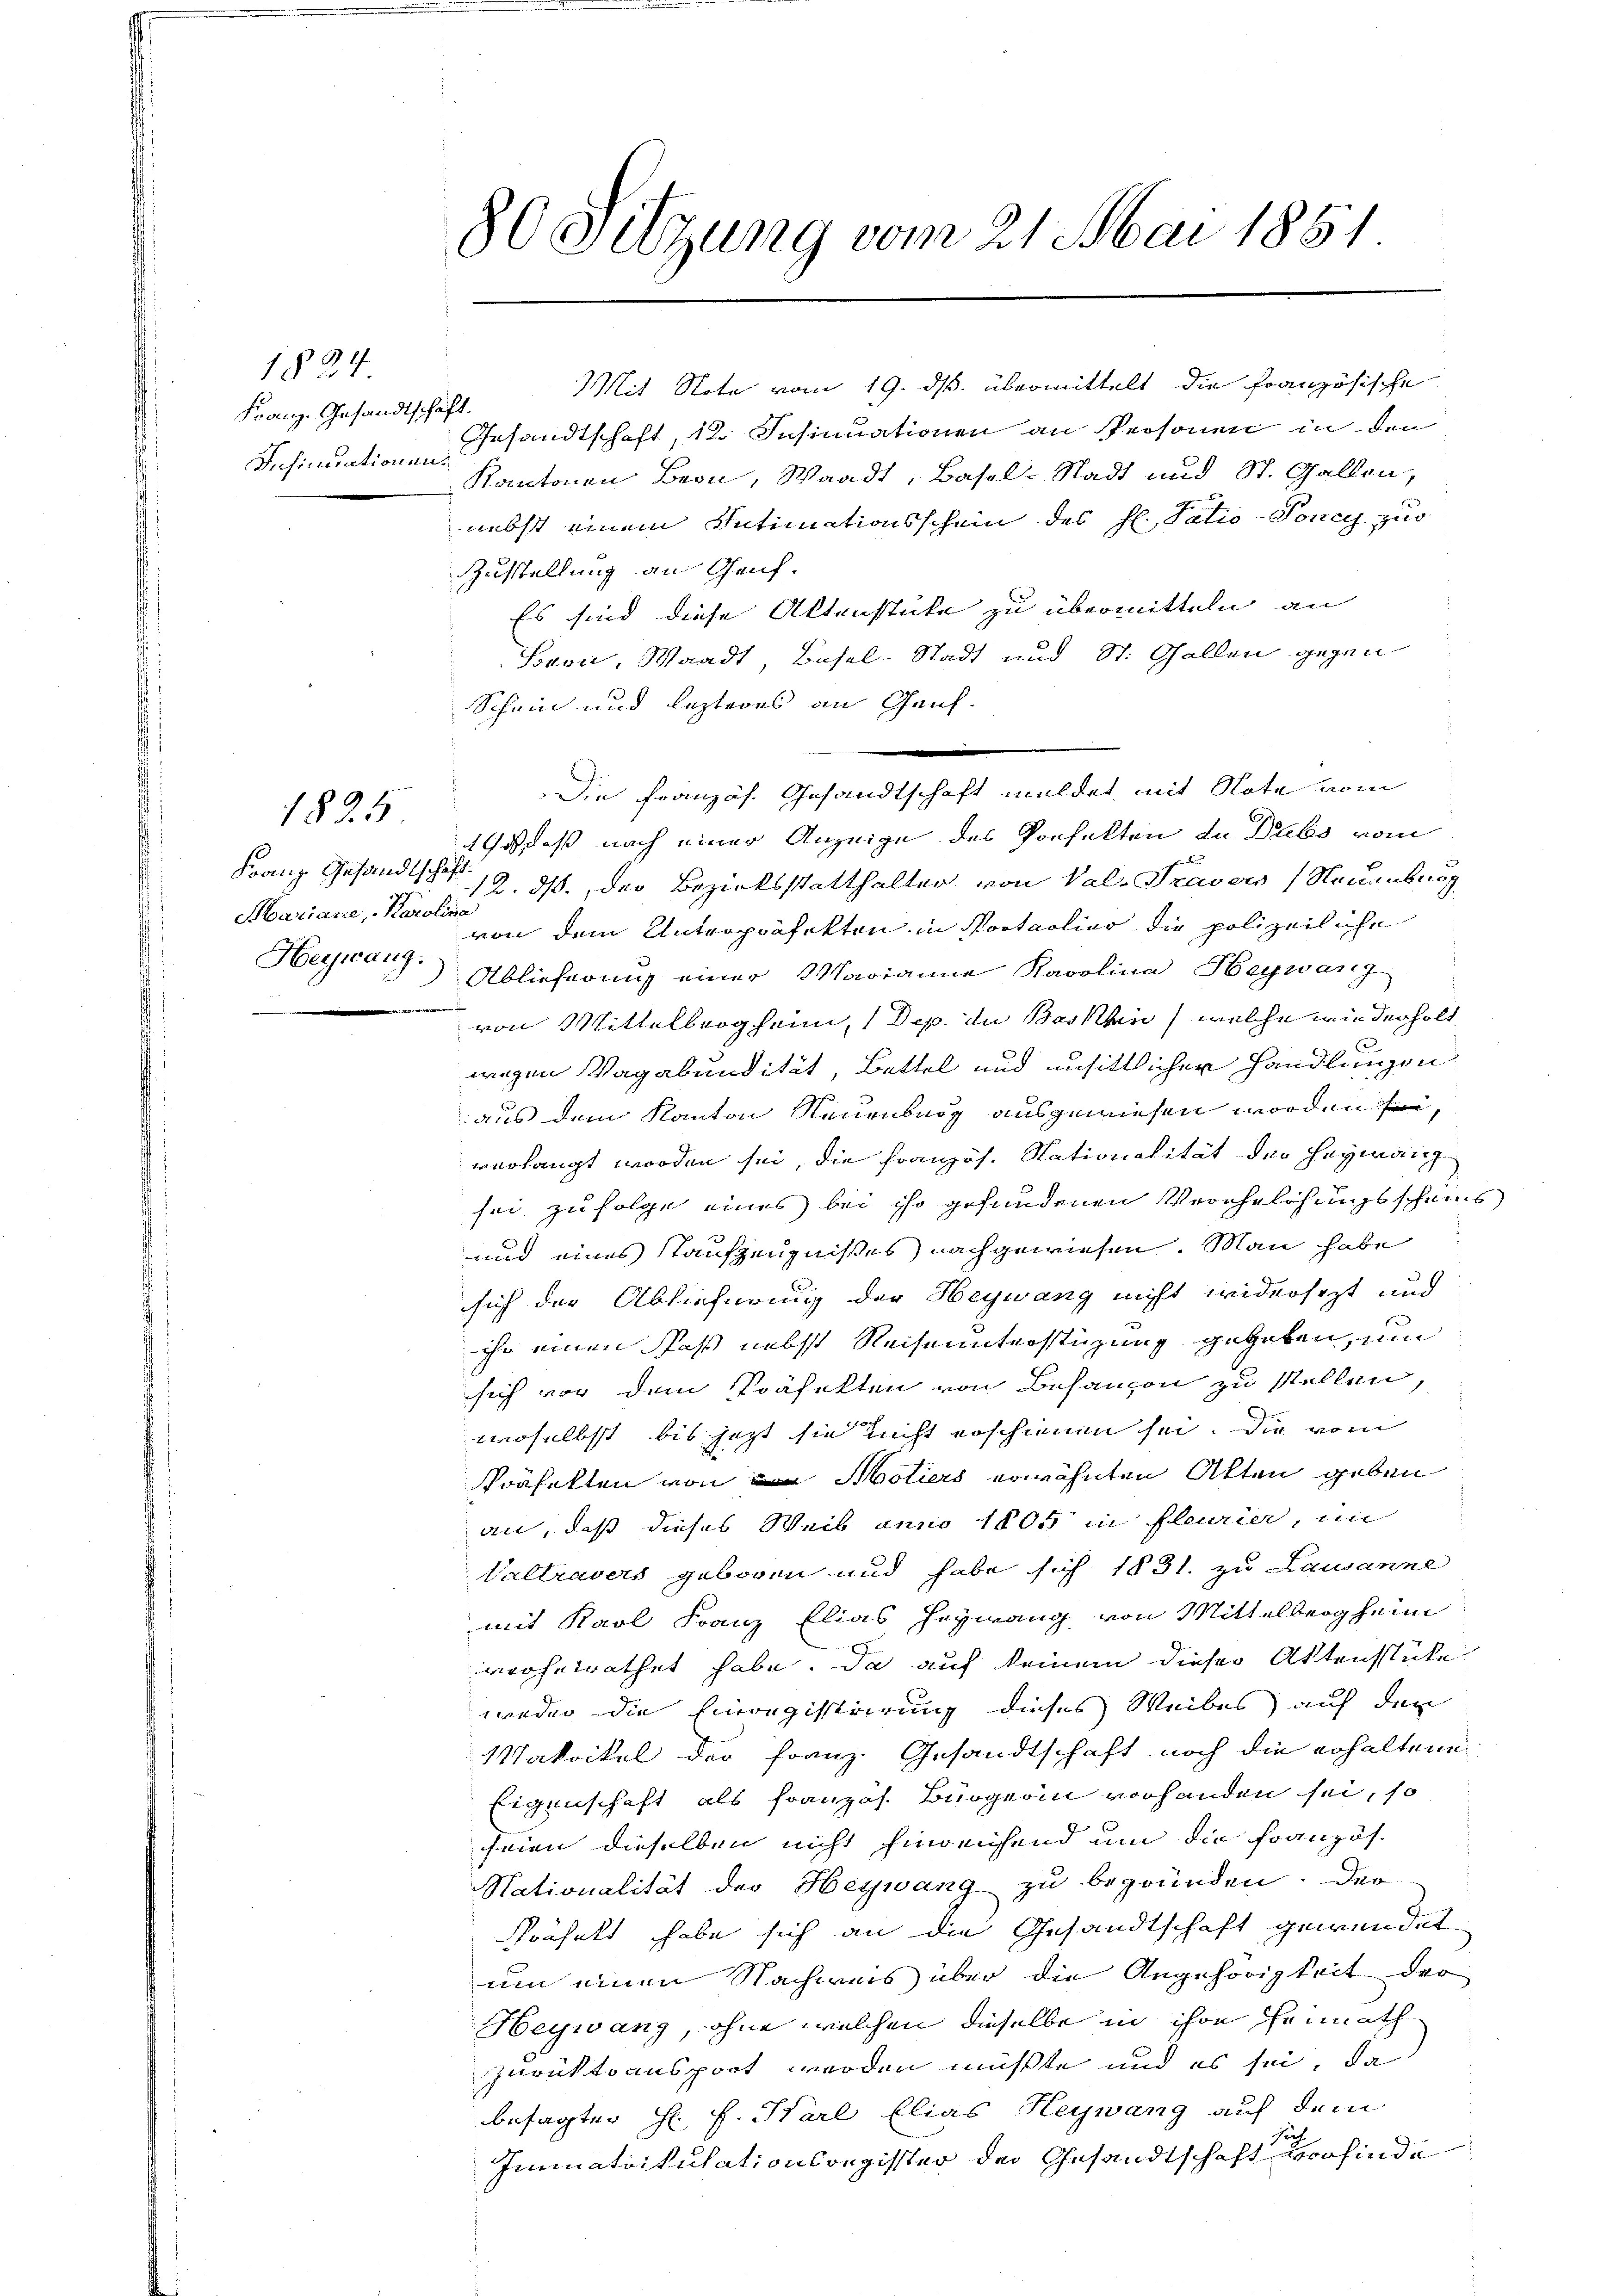
1824
Franz. Gesandtschaf
Insinuationen

1834

Mariane, Karolina
Heywang.

80 Sitzung vom 21. Mai 1851

Mit Note vom 19. ds. übermittelt die französische
.
Gesandtschaft, 12. Insinuationen an Personen in den
Kantonen Bern, Waadt, Basel-Stadt und St. Gallen,
nebst einem Intimationsschein des hl. Vativ-Poncy zur
Zustellung an Genf.
Es sind diese Aktenstüke zu übermitteln, an
Bern, Waadt, Basel-Stadt und St. Gallen gegen
Schein und lezteres an Genf.
Godaß nach einer Anzeige des Vorhalten da Dubs vom
Franz Gesandtsch 12. ds. der Bezirksstatthalter von Val-Traver (Neuenburg
von dem Untropräfekten in Portaolier die polizeiliche
Ablieferung einer Marianne Karolina Heywang
von Mittelberg heim, (Dep. in Baskhin, welche wiederholt
wegen Vagabundität, Bettel und unsittlicher Handlungen
aus dem Kanton Neuenburg ausgewiesen worden sei,
verlangt worden sei, die Franzos. Nationalität der Hermann
sei, zu folge eines bei ihr gefundenen Verehelosungsscheins
und eines Staufzeugnisses nachgewiesen. Man habe
sich der Ablieferung der Heywang nicht widersezt und
ihr einen das nebst Reiseunterstüzung gegeben, um
sich vor dem Präfekten von Besanzen zu stellen,
woselbst bis jetzt sie nicht erschienen sei. Die vom
Präfekten von Motiers erwähnten Akten geben
an, daß dieses Weib anno 1805 in fleurier, in
Valtravers geboren und habe sich 1831. zu Lausanne
mit Karl Franz Elias Heywang von Mittelberg heim
verheirathet habe. Da auf keinem dieser Aktensstücke
weder die Einregistrirung dieses Weibes auf den
Makoikel der Franz. Gesandtschaft noch die erhaltene
Eigenschaft als französ. Bürgerin vorhanden sei, so
seien dieselben nicht hinreichend um die Französ.
Nationalität der Heywang zu begründen. Der
Präfekt habe sich an die Gesandtschaft gewendet
um einen Nachweis über die Angehörigkeit der
Heywanz, ohne welchen dieselbe in ihre Heimath
zurücktransport werden müßte und es sei, da
besagter H. H. Karl Elias Heywang auf dem
Immatrikulationsregister der Gesandtschaft finde

e
Die Französ. Gesandtschaft meldet mit Note vom